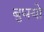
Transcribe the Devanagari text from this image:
बुघयो